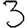
Digit: 3